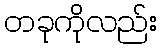
တခုကိုလည်း